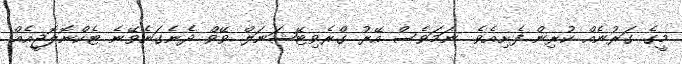
މީގެ ގަރުނެއް ކުރިން ފެށިއެވެ. ނަމަވެސް އޭރު ގްރެވިޓޭޝަނަލް ވޭވް ދެނެގަނެވޭނެ ޓެކްނޮލޮޖީއެއް